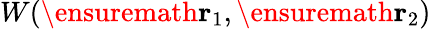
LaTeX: W(\ensuremath{\mathbf{r}}_{1},\ensuremath{\mathbf{r}}_{2})